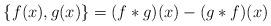
LaTeX: \begin{align*}\{f(x),g(x)\} = (f*g)(x) - (g*f)(x)\end{align*}